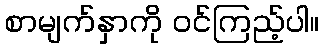
စာမျက်နှာကို ဝင်ကြည့်ပါ။